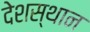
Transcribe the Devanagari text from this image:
देशस्थान